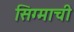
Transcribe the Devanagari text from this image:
सिग्माची